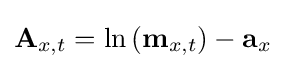
\mathbf {A} _{x,t}=\ln {(\mathbf {m} _{x,t})}-\mathbf {a} _{x}